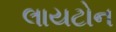
લાયટોન